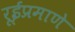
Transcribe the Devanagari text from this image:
रूईप्रमाणे